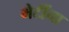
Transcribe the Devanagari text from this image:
भेटींना